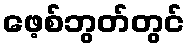
ဖေ့စ်ဘွတ်တွင်